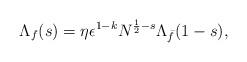
LaTeX: \begin{align*}\Lambda_f(s)=\eta\epsilon^{1-k}N^{\frac12-s}\Lambda_{\bar{f}}(1-s),\end{align*}